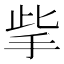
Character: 㧘